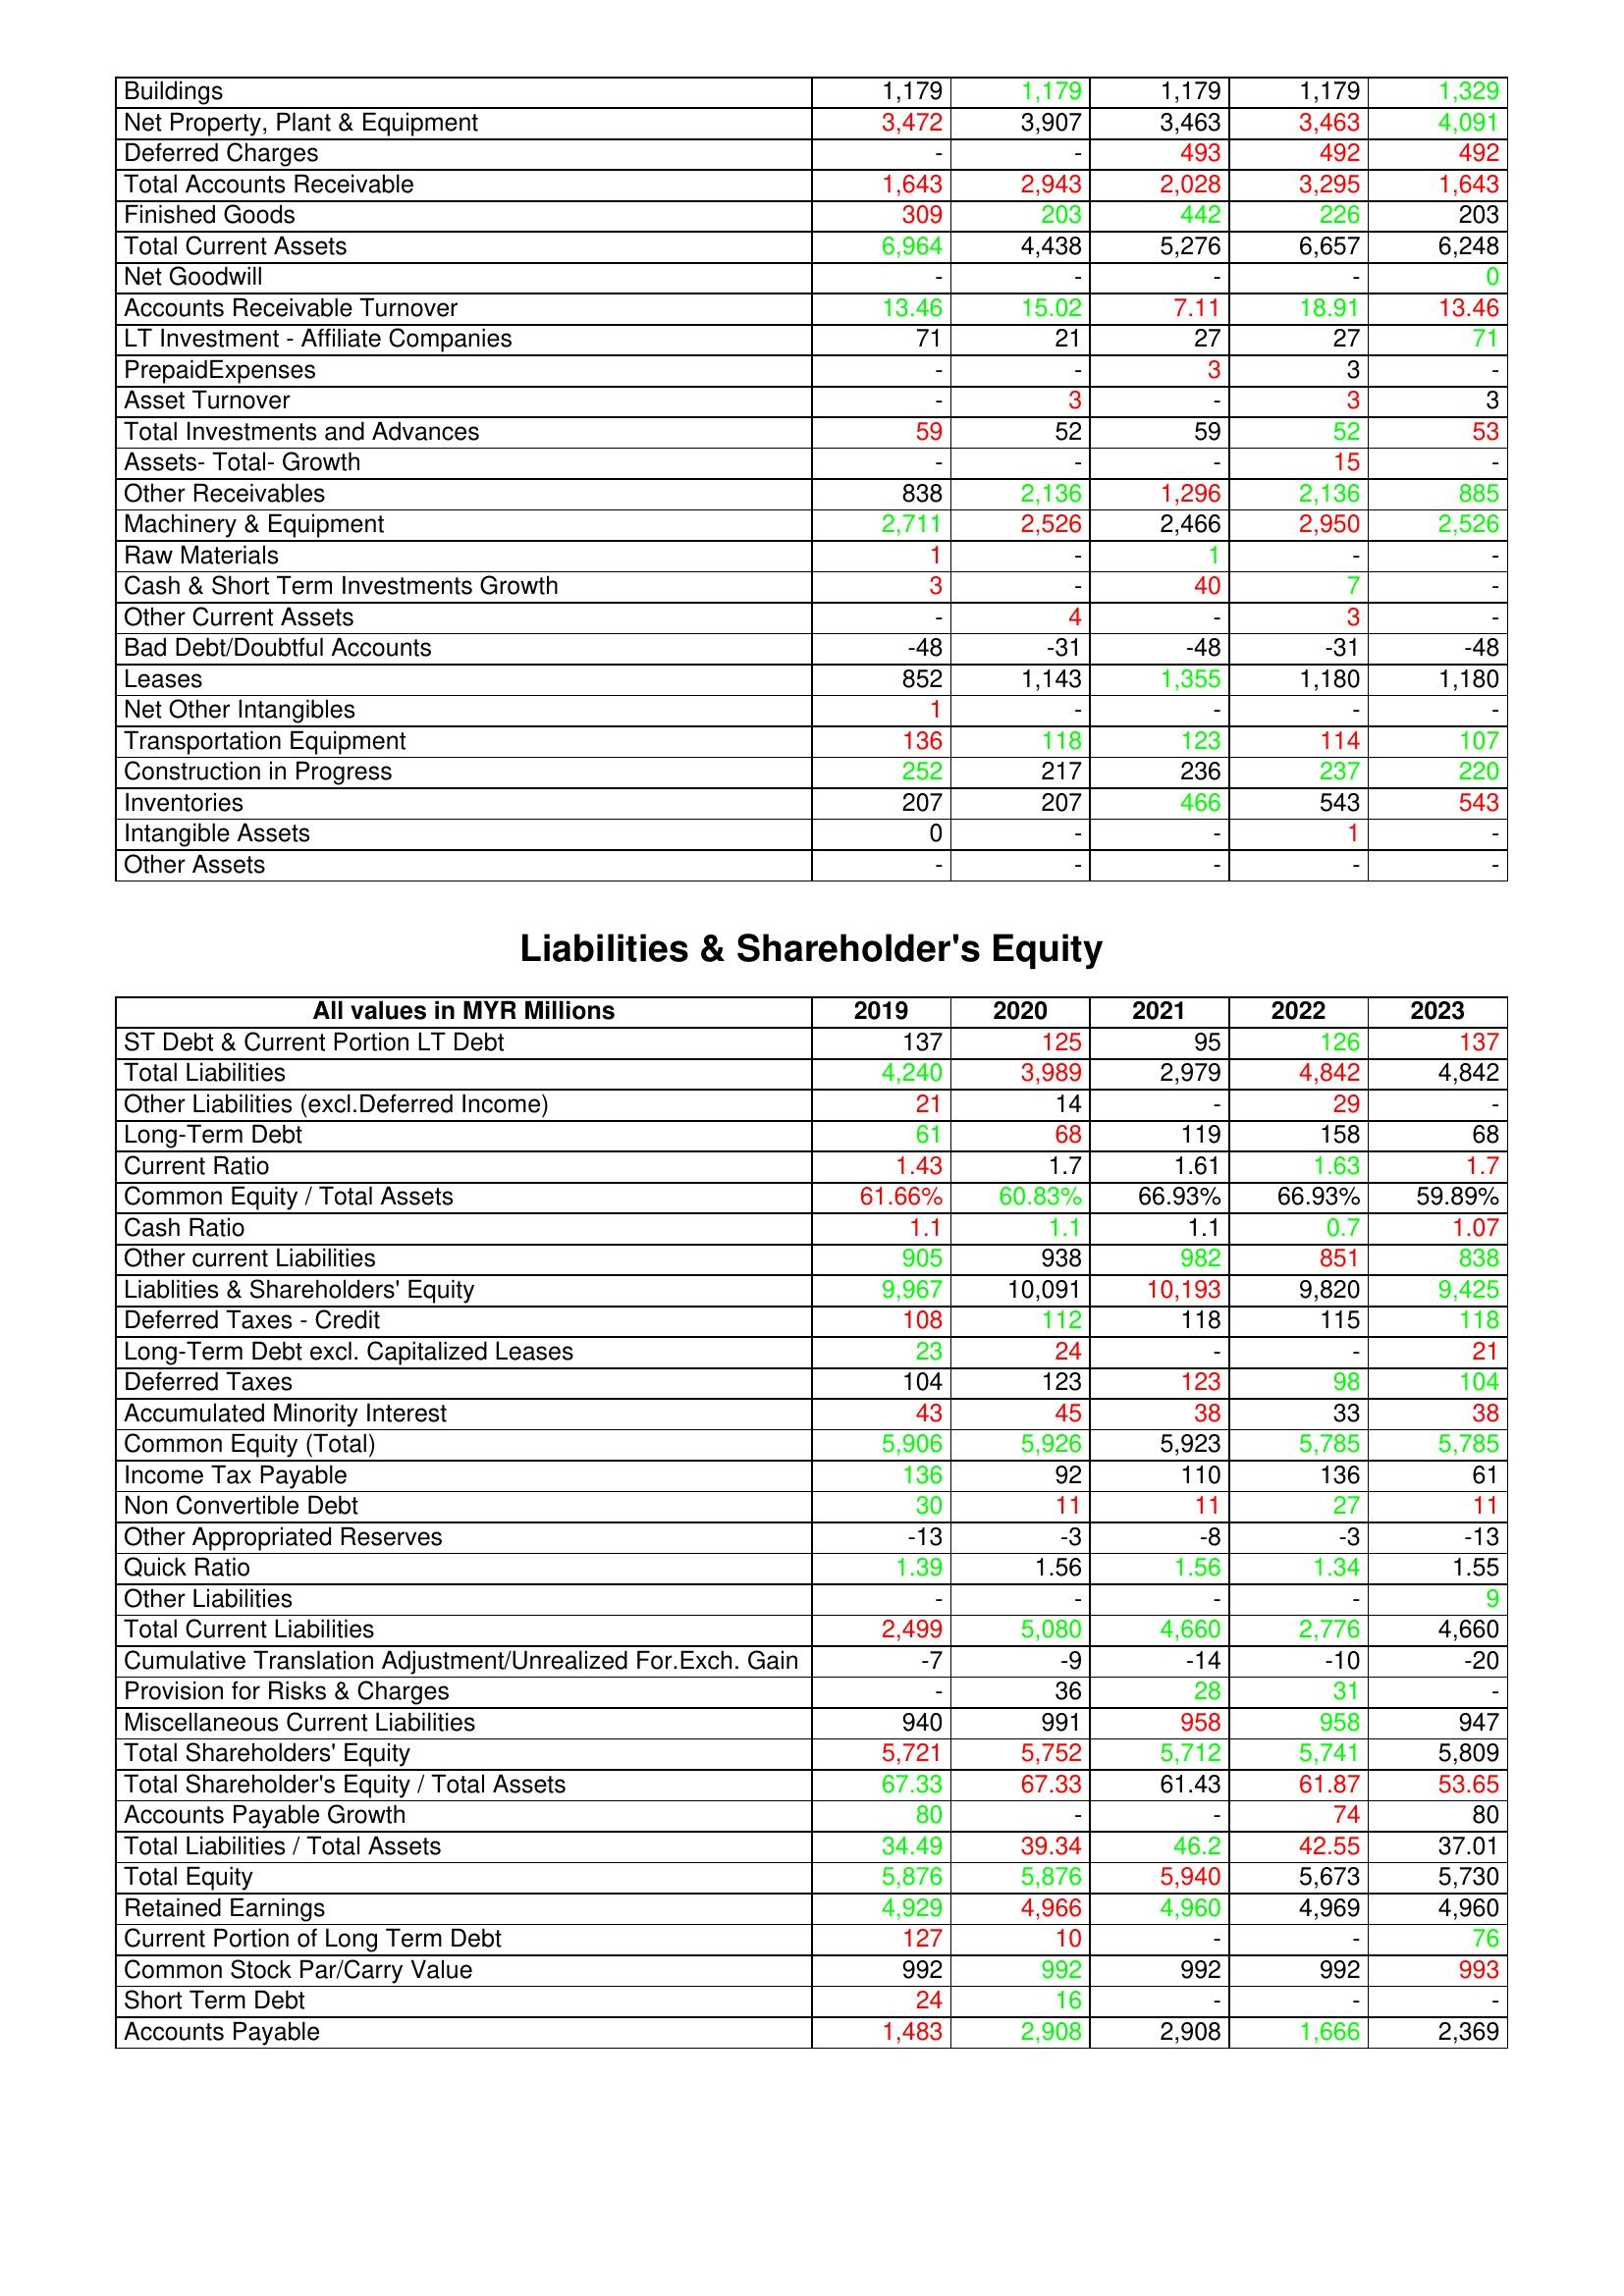
gt_parse: 2019: Assets: Buildings: 1,179
Net Property, Plant & Equipment: 3,472
Deferred Charges: -
Total Accounts Receivable: 1,643
Finished Goods: 309
Total Current Assets: 6,964
Net Goodwill: -
Accounts Receivable Turnover: 13.46
LT Investment - Affiliate Companies: 71
PrepaidExpenses: -
Asset Turnover: -
Total Investments and Advances: 59
Assets- Total- Growth: -
Other Receivables: 838
Machinery & Equipment: 2,711
Raw Materials: 1
Cash & Short Term Investments Growth: 3
Other Current Assets: -
Bad Debt/Doubtful Accounts: -48
Leases: 852
Net Other Intangibles: 1
Transportation Equipment: 136
Construction in Progress: 252
Inventories: 207
Intangible Assets: 0
Other Assets: -
Liabilities & Shareholder's Equity: ST Debt & Current Portion LT Debt: 137
Total Liabilities: 4,240
Other Liabilities (excl.Deferred Income): 21
Long-Term Debt: 61
Current Ratio: 1.43
Common Equity / Total Assets: 61.66%
Cash Ratio: 1.1
Other current Liabilities: 905
Liablities & Shareholders' Equity: 9,967
Deferred Taxes - Credit: 108
Long-Term Debt excl. Capitalized Leases: 23
Deferred Taxes: 104
Accumulated Minority Interest: 43
Common Equity (Total): 5,906
Income Tax Payable: 136
Non Convertible Debt: 30
Other Appropriated Reserves: -13
Quick Ratio: 1.39
Other Liabilities: -
Total Current Liabilities: 2,499
Cumulative Translation Adjustment/Unrealized For.Exch. Gain: -7
Provision for Risks & Charges: -
Miscellaneous Current Liabilities: 940
Total Shareholders' Equity: 5,721
Total Shareholder's Equity / Total Assets: 67.33
Accounts Payable Growth: 80
Total Liabilities / Total Assets: 34.49
Total Equity: 5,876
Retained Earnings: 4,929
Current Portion of Long Term Debt: 127
Common Stock Par/Carry Value: 992
Short Term Debt: 24
Accounts Payable: 1,483
2020: Assets: Buildings: 1,179
Net Property, Plant & Equipment: 3,907
Deferred Charges: -
Total Accounts Receivable: 2,943
Finished Goods: 203
Total Current Assets: 4,438
Net Goodwill: -
Accounts Receivable Turnover: 15.02
LT Investment - Affiliate Companies: 21
PrepaidExpenses: -
Asset Turnover: 3
Total Investments and Advances: 52
Assets- Total- Growth: -
Other Receivables: 2,136
Machinery & Equipment: 2,526
Raw Materials: -
Cash & Short Term Investments Growth: -
Other Current Assets: 4
Bad Debt/Doubtful Accounts: -31
Leases: 1,143
Net Other Intangibles: -
Transportation Equipment: 118
Construction in Progress: 217
Inventories: 207
Intangible Assets: -
Other Assets: -
Liabilities & Shareholder's Equity: ST Debt & Current Portion LT Debt: 125
Total Liabilities: 3,989
Other Liabilities (excl.Deferred Income): 14
Long-Term Debt: 68
Current Ratio: 1.7
Common Equity / Total Assets: 60.83%
Cash Ratio: 1.1
Other current Liabilities: 938
Liablities & Shareholders' Equity: 10,091
Deferred Taxes - Credit: 112
Long-Term Debt excl. Capitalized Leases: 24
Deferred Taxes: 123
Accumulated Minority Interest: 45
Common Equity (Total): 5,926
Income Tax Payable: 92
Non Convertible Debt: 11
Other Appropriated Reserves: -3
Quick Ratio: 1.56
Other Liabilities: -
Total Current Liabilities: 5,080
Cumulative Translation Adjustment/Unrealized For.Exch. Gain: -9
Provision for Risks & Charges: 36
Miscellaneous Current Liabilities: 991
Total Shareholders' Equity: 5,752
Total Shareholder's Equity / Total Assets: 67.33
Accounts Payable Growth: -
Total Liabilities / Total Assets: 39.34
Total Equity: 5,876
Retained Earnings: 4,966
Current Portion of Long Term Debt: 10
Common Stock Par/Carry Value: 992
Short Term Debt: 16
Accounts Payable: 2,908
2021: Assets: Buildings: 1,179
Net Property, Plant & Equipment: 3,463
Deferred Charges: 493
Total Accounts Receivable: 2,028
Finished Goods: 442
Total Current Assets: 5,276
Net Goodwill: -
Accounts Receivable Turnover: 7.11
LT Investment - Affiliate Companies: 27
PrepaidExpenses: 3
Asset Turnover: -
Total Investments and Advances: 59
Assets- Total- Growth: -
Other Receivables: 1,296
Machinery & Equipment: 2,466
Raw Materials: 1
Cash & Short Term Investments Growth: 40
Other Current Assets: -
Bad Debt/Doubtful Accounts: -48
Leases: 1,355
Net Other Intangibles: -
Transportation Equipment: 123
Construction in Progress: 236
Inventories: 466
Intangible Assets: -
Other Assets: -
Liabilities & Shareholder's Equity: ST Debt & Current Portion LT Debt: 95
Total Liabilities: 2,979
Other Liabilities (excl.Deferred Income): -
Long-Term Debt: 119
Current Ratio: 1.61
Common Equity / Total Assets: 66.93%
Cash Ratio: 1.1
Other current Liabilities: 982
Liablities & Shareholders' Equity: 10,193
Deferred Taxes - Credit: 118
Long-Term Debt excl. Capitalized Leases: -
Deferred Taxes: 123
Accumulated Minority Interest: 38
Common Equity (Total): 5,923
Income Tax Payable: 110
Non Convertible Debt: 11
Other Appropriated Reserves: -8
Quick Ratio: 1.56
Other Liabilities: -
Total Current Liabilities: 4,660
Cumulative Translation Adjustment/Unrealized For.Exch. Gain: -14
Provision for Risks & Charges: 28
Miscellaneous Current Liabilities: 958
Total Shareholders' Equity: 5,712
Total Shareholder's Equity / Total Assets: 61.43
Accounts Payable Growth: -
Total Liabilities / Total Assets: 46.2
Total Equity: 5,940
Retained Earnings: 4,960
Current Portion of Long Term Debt: -
Common Stock Par/Carry Value: 992
Short Term Debt: -
Accounts Payable: 2,908
2022: Assets: Buildings: 1,179
Net Property, Plant & Equipment: 3,463
Deferred Charges: 492
Total Accounts Receivable: 3,295
Finished Goods: 226
Total Current Assets: 6,657
Net Goodwill: -
Accounts Receivable Turnover: 18.91
LT Investment - Affiliate Companies: 27
PrepaidExpenses: 3
Asset Turnover: 3
Total Investments and Advances: 52
Assets- Total- Growth: 15
Other Receivables: 2,136
Machinery & Equipment: 2,950
Raw Materials: -
Cash & Short Term Investments Growth: 7
Other Current Assets: 3
Bad Debt/Doubtful Accounts: -31
Leases: 1,180
Net Other Intangibles: -
Transportation Equipment: 114
Construction in Progress: 237
Inventories: 543
Intangible Assets: 1
Other Assets: -
Liabilities & Shareholder's Equity: ST Debt & Current Portion LT Debt: 126
Total Liabilities: 4,842
Other Liabilities (excl.Deferred Income): 29
Long-Term Debt: 158
Current Ratio: 1.63
Common Equity / Total Assets: 66.93%
Cash Ratio: 0.7
Other current Liabilities: 851
Liablities & Shareholders' Equity: 9,820
Deferred Taxes - Credit: 115
Long-Term Debt excl. Capitalized Leases: -
Deferred Taxes: 98
Accumulated Minority Interest: 33
Common Equity (Total): 5,785
Income Tax Payable: 136
Non Convertible Debt: 27
Other Appropriated Reserves: -3
Quick Ratio: 1.34
Other Liabilities: -
Total Current Liabilities: 2,776
Cumulative Translation Adjustment/Unrealized For.Exch. Gain: -10
Provision for Risks & Charges: 31
Miscellaneous Current Liabilities: 958
Total Shareholders' Equity: 5,741
Total Shareholder's Equity / Total Assets: 61.87
Accounts Payable Growth: 74
Total Liabilities / Total Assets: 42.55
Total Equity: 5,673
Retained Earnings: 4,969
Current Portion of Long Term Debt: -
Common Stock Par/Carry Value: 992
Short Term Debt: -
Accounts Payable: 1,666
2023: Assets: Buildings: 1,329
Net Property, Plant & Equipment: 4,091
Deferred Charges: 492
Total Accounts Receivable: 1,643
Finished Goods: 203
Total Current Assets: 6,248
Net Goodwill: 0
Accounts Receivable Turnover: 13.46
LT Investment - Affiliate Companies: 71
PrepaidExpenses: -
Asset Turnover: 3
Total Investments and Advances: 53
Assets- Total- Growth: -
Other Receivables: 885
Machinery & Equipment: 2,526
Raw Materials: -
Cash & Short Term Investments Growth: -
Other Current Assets: -
Bad Debt/Doubtful Accounts: -48
Leases: 1,180
Net Other Intangibles: -
Transportation Equipment: 107
Construction in Progress: 220
Inventories: 543
Intangible Assets: -
Other Assets: -
Liabilities & Shareholder's Equity: ST Debt & Current Portion LT Debt: 137
Total Liabilities: 4,842
Other Liabilities (excl.Deferred Income): -
Long-Term Debt: 68
Current Ratio: 1.7
Common Equity / Total Assets: 59.89%
Cash Ratio: 1.07
Other current Liabilities: 838
Liablities & Shareholders' Equity: 9,425
Deferred Taxes - Credit: 118
Long-Term Debt excl. Capitalized Leases: 21
Deferred Taxes: 104
Accumulated Minority Interest: 38
Common Equity (Total): 5,785
Income Tax Payable: 61
Non Convertible Debt: 11
Other Appropriated Reserves: -13
Quick Ratio: 1.55
Other Liabilities: 9
Total Current Liabilities: 4,660
Cumulative Translation Adjustment/Unrealized For.Exch. Gain: -20
Provision for Risks & Charges: -
Miscellaneous Current Liabilities: 947
Total Shareholders' Equity: 5,809
Total Shareholder's Equity / Total Assets: 53.65
Accounts Payable Growth: 80
Total Liabilities / Total Assets: 37.01
Total Equity: 5,730
Retained Earnings: 4,960
Current Portion of Long Term Debt: 76
Common Stock Par/Carry Value: 993
Short Term Debt: -
Accounts Payable: 2,369